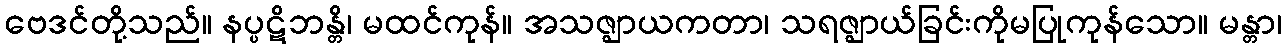
ဗေဒင်တို့သည်။ နပ္ပဋိဘန္တိ၊ မထင်ကုန်။ အသဇ္ဈာယကတာ၊ သရဇ္ဈာယ်ခြင်းကိုမပြုကုန်သော။ မန္တာ၊